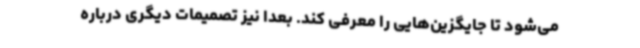
می‌شود تا جایگزین‌هایی را معرفی کند. بعدا نیز تصمیمات دیگری درباره